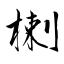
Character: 楋